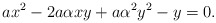
\begin{align*} \begin{aligned}ax^2-2a\alpha xy +a\alpha^2y^2-y=0. \end{aligned} \end{align*}